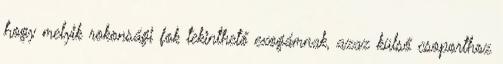
hogy melyik rokonsági fok tekinthető exogámnak, azaz külső csoporthoz